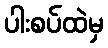
ပါးစပ်ထဲမှ